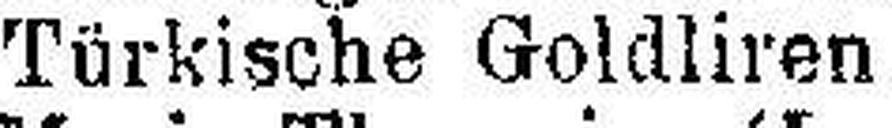
Türkische Goldliren